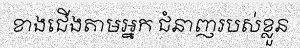
ខាងជើងតាមអ្នក ជំនាញរបស់ខ្លួន